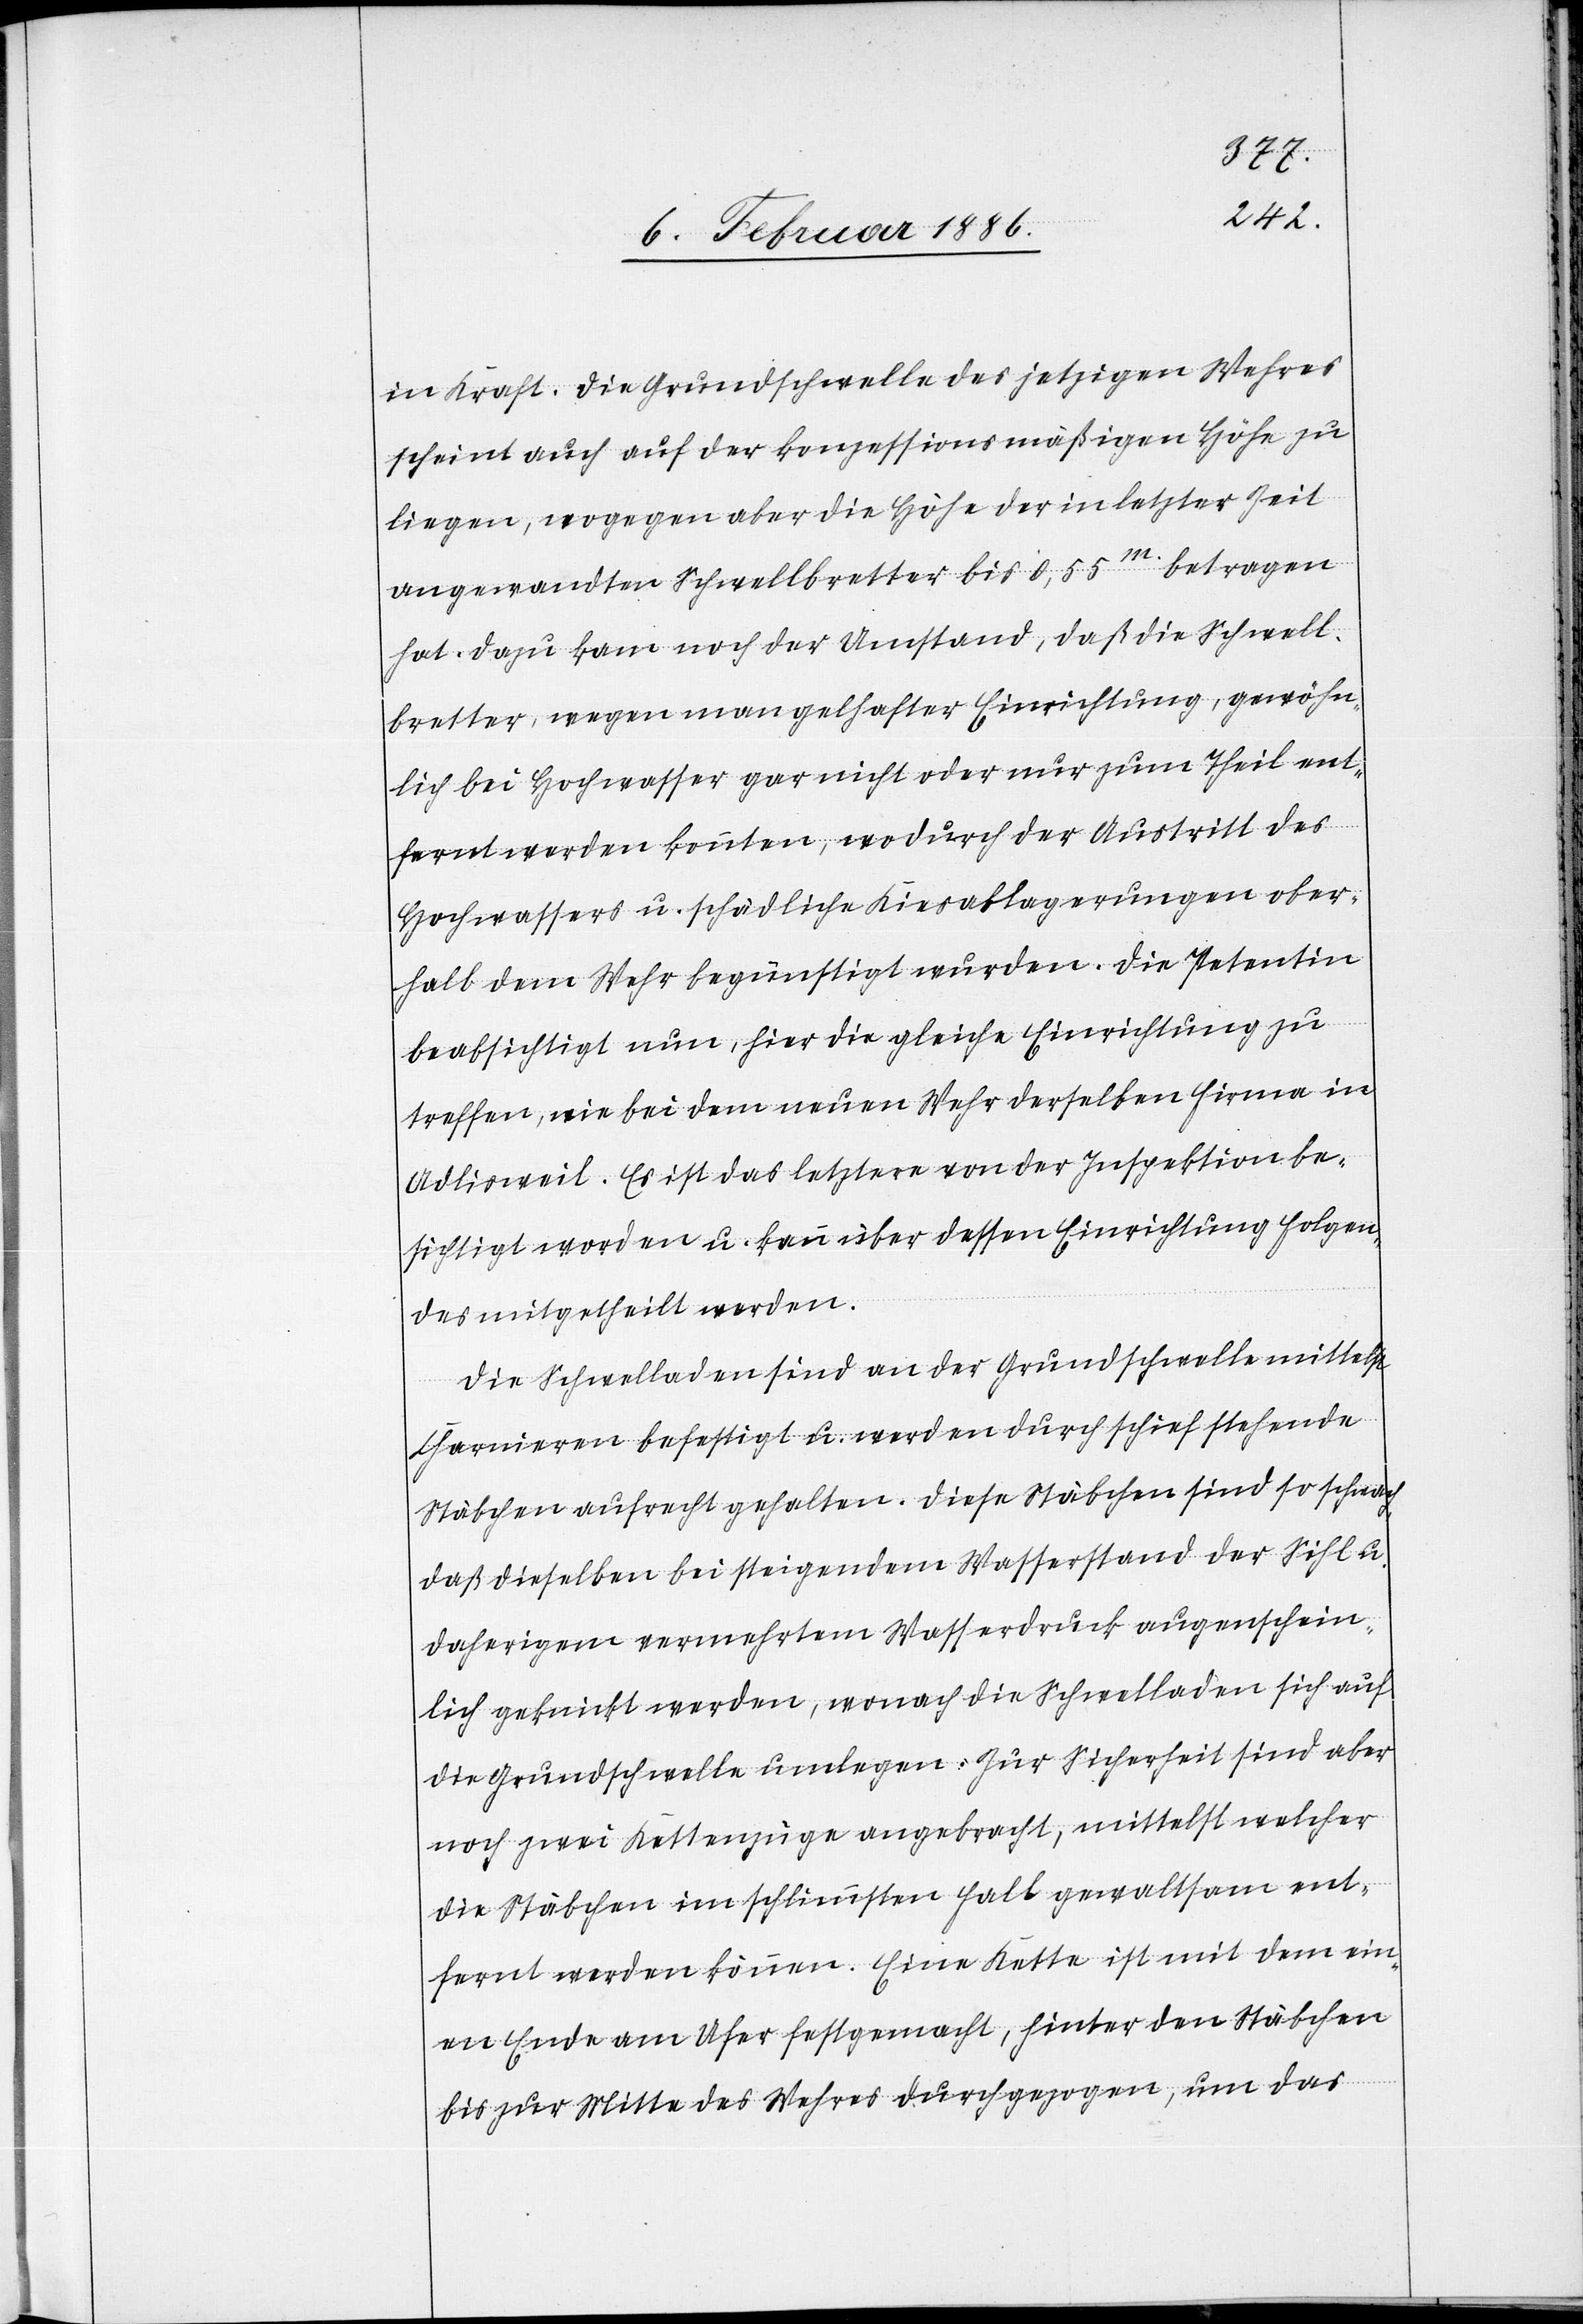
in Kraft. Die Grundschwelle der jetzigen Wehres
scheint auch auf der konzessionsmäßigen Höhe zu
liegen, wogegen aber die Höhe der in letzter Zeit
angewandten Schwellbretter bis 0,55m. betragen
hat. Dazu kam noch der Umstand, daß die Schwell¬
bretter, wegen mangelhafter Einrichtung, gewöhn¬
lich bei Hochwasser gar nicht oder nur zum Theil ent¬
fernt werden konnten, wodurch der Austritt des
Hochwassers u. schädliche Kiesablagerungen ober¬
halb dem Wehr begünstigt wurden. Die Petentin
beabsichtigt nun, hier die gleiche Einrichtung zu
treffen, wie bei dem neuen Wehr derselben Firma in
Adlisweil. Es ist das letztere von der Inspektion be¬
sichtigt worden u. kann über dessen Einrichtung Folgen¬
des mitgetheilt werden.
Die Schwelladen sind an der Grundschwelle mittelst
Charnieren befestigt u. werden durch schief stehende
Stäbchen aufrecht gehalten. Diese Stäbchen sind so schwach,
daß dieselben bei steigendem Wasserstand der Sihl u.
daherigem vermehrten Wasserdruck augenschein¬
lich geknickt werden, wonach die Schwelladen sich auf
die Grundschwelle umlegen. Zur Sicherheit sind aber
noch zwei Kettenzüge angebracht, mittelst welcher
die Stäbchen im schlimmsten Fall gewaltsam ent¬
fernt werden können. Eine Kette ist mit dem ein¬
en Ende am Ufer festgemacht, hinter den Stäbchen
bis zu Mitte des Wehres durchgezogen, um das